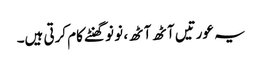
یہ عورتیں آٹھ آٹھ ، نو نو گھنٹے کام کرتی ہیں۔